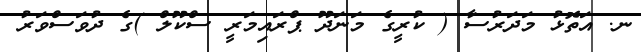
ނ. އަތޮޅު މަދަރުސާ ( ކުރީގެ މަނަދޫ ޕްރައިމަރީ ސްކޫލް )ގެ ދުވަސްވަރު